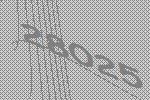
28025